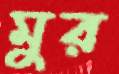
মুর